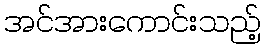
အင်အားကောင်းသည့်